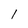
Character: 1